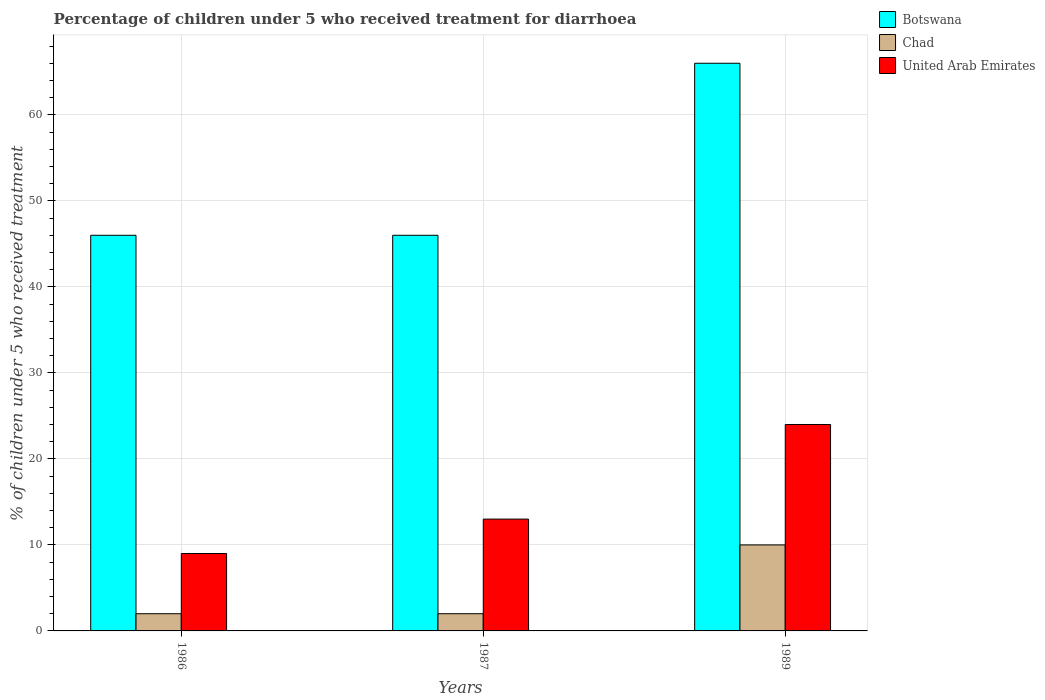
| Years | Botswana | Chad | United Arab Emirates |
 | --- | --- | --- | --- |
 | 1986 | 46 | 2 | 9 |
 | 1987 | 46 | 2 | 13 |
 | 1989 | 66 | 10 | 24 |